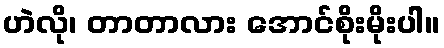
ဟဲလို၊ တာတာလား အောင်စိုးမိုးပါ။